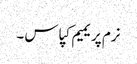
نرم پریمیم کپاس ۔